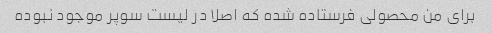
براى من محصولى فرستاده شده که اصلا در لیست سوپر موجود نبوده